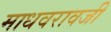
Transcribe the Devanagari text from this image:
माधवरावजी